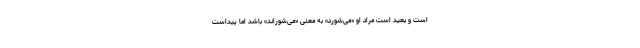
است و بعید است مراد او «می‌شورد» به معنی «می‌شوراند» باشد اما پیداست